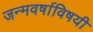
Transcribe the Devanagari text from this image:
जन्मवर्षाविषयी